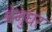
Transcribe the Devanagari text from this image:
बेनुधर